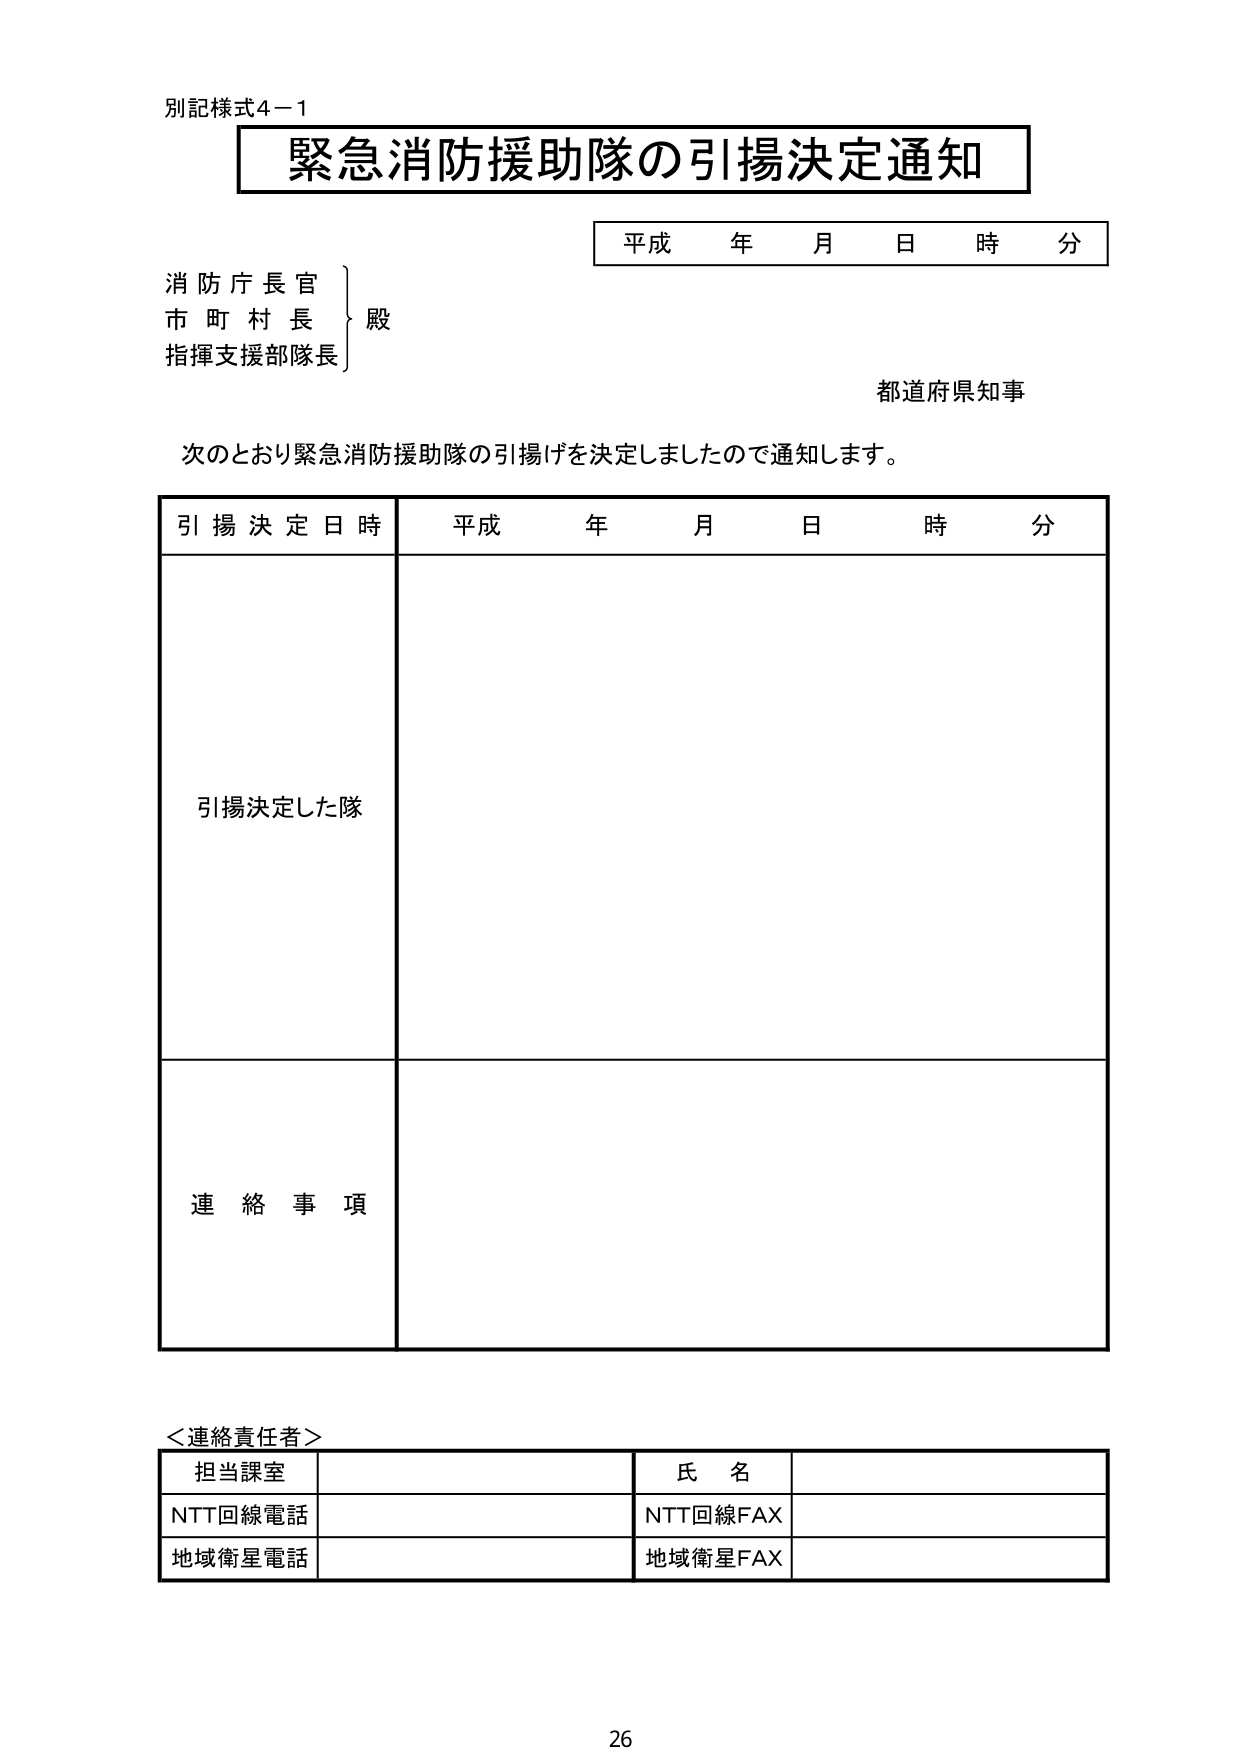
別記様式4－1
緊急消防援助隊の引揚決定通知
平成 年 月 日 時 分
消防庁長官
市町村長
指揮支援部隊長
殿
都道府県知事
次のとおり緊急消防援助隊の引揚げを決定しましたので通知します。
引揚決定日時 平成 年 月 日 時 分
引揚決定した隊
連絡事項
＜連絡責任者＞
担当課室 氏名
NTT回線電話 NTT回線FAX
地域衛星電話 地域衛星FAX
26